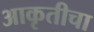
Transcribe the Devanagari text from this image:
आकृतीचा